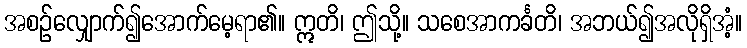
အစဉ်လျှောက်၍အောက်မေ့ရာ၏။ ဣတိ၊ ဤသို့။ သစေအာကင်္ခတိ၊ အဘယ်၍အလိုရှိအံ့။